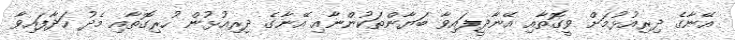
އޭނާގެ ދިރިއުޅުމަށް ވީގޮތާއި އޭނާދީފައިވާ ބަޔާންތަކުންނާއި އޭނާގެ ދިރިއުޅުން ހުރިގޮތާއި މެދު ހަދާފައިވާ